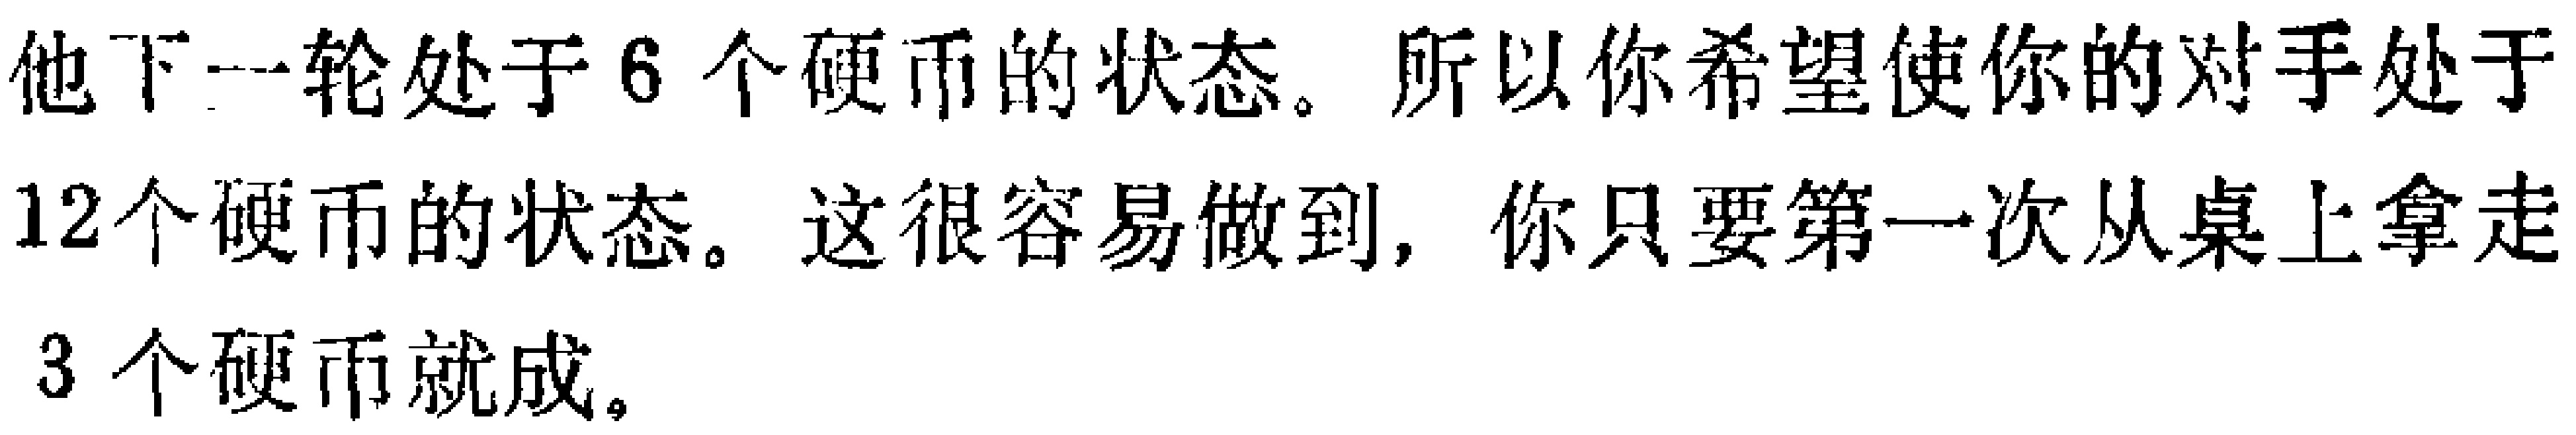
他下一轮处于6个硬币的状态。所以你希望使你的对手处于12个硬币的状态。这很容易做到，你只要第一次从桌上拿走3个硬币就成。